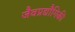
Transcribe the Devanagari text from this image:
जैवप्रद्यौगिकी